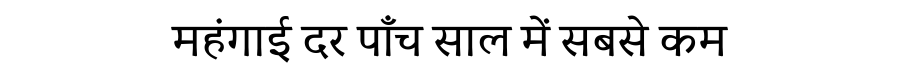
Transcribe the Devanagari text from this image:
महंगाई दर पाँच साल में सबसे कम